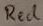
Text: Red